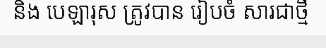
និង បេឡារុស ត្រូវបាន រៀបចំ សារជាថ្មី